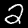
Label: 2